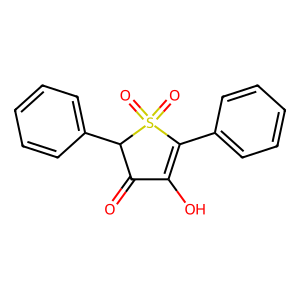
SMILES: O=C1C(O)=C(c2ccccc2)S(=O)(=O)C1c1ccccc1
Inhibits HIV replication: No